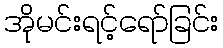
အိုမင်းရင့်ရော်ခြင်း